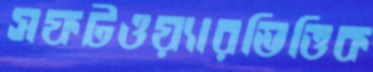
সফটওয়্যারভিত্তিক